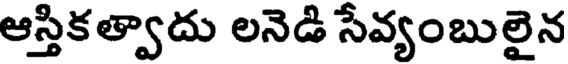
ఆస్తికత్వాదు లనెడి సేవ్యంబులైన